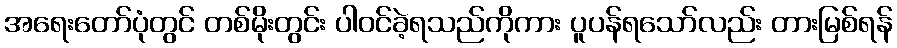
အရေးတော်ပုံတွင် တစ်မိုးတွင်း ပါဝင်ခဲ့ရသည်ကိုကား ပူပန်ရသော်လည်း တားမြစ်ရန်